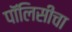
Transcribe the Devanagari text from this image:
पॉलिसीचा